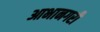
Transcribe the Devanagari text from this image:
आभानगरी